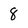
Character: 8